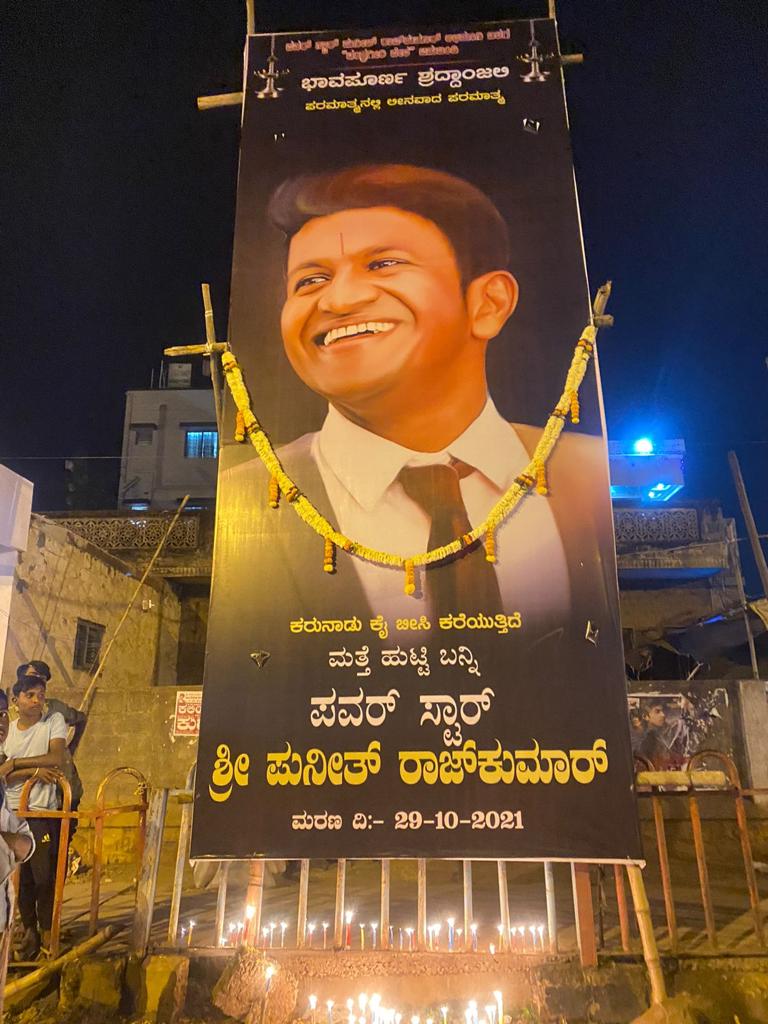
Language: kannada
Transcription: ಪರಮಾತ್ಮನಲ್ಲಿ ಕೈ ಶ್ರೀ ಪುನೀತ್ ರಾಜಕುಮಾರ್ ದಿ:- ಲೀನವಾದ ಪರಮಾತ್ಮ ಕರುನಾಡು ಬೀಸಿ ಕರೆಯುತ್ತಿದೆ ಹುಟ್ಟಿ ಬನ್ನಿ ಪವರ್ ಸ್ಟಾರ್ ಮರಣ ಶ್ರದ್ಧಾಂಜಲಿ ಮತ್ತೆ ಭಾವಪೂರ್ಣ